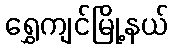
ရွှေကျင်မြို့နယ်